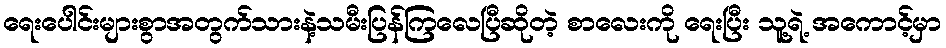
ရေးပေါင်းများစွာအတွက်သားနဲ့သမီးပြန်ကြလေပြီဆိုတဲ့ စာလေးကို ရေးပြီး သူ့ရဲ့ အကောင့်မှာ